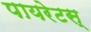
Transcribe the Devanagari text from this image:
पायरेटस्